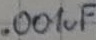
Text: .001uF